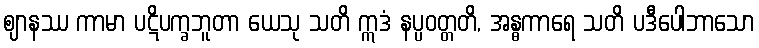
ဈာနဿ ကာမာ ပဋိပက္ခဘူတာ ယေသု သတိ ဣဒံ နပ္ပဝတ္တတိ, အန္ဓကာရေ သတိ ပဒီပေါဘာသော